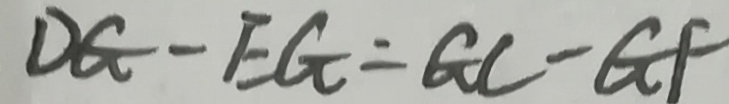
D G - E G = G C - G F